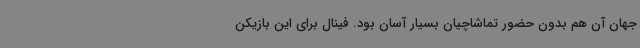
جهان آن هم بدون حضور تماشاچیان بسیار آسان بود. فینال برای این بازیکن